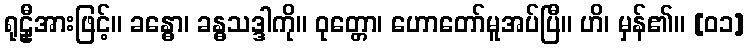
ရုဠှီအားဖြင့်။ ခန္ဓော၊ ခန္ဓသဒ္ဒါကို။ ဝုတ္တော၊ ဟောတော်မူအပ်ပြီ။ ဟိ၊ မှန်၏။ [၀၁]